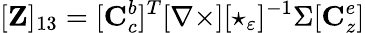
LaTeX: [\mathbf{Z}]_{13}=[\mathbf{C}_{c}^{b}]^{T}[\mathbf{\nabla\times}][\star_{\varepsilon}]^{-1}\Sigma[\mathbf{C}_{z}^{e}]